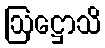
ဩဋ္ဌောသိ